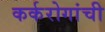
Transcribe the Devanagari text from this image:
कर्करोगांची